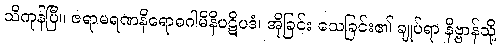
သိကုန်ပြီ။ ဇရာမရဏနိရောဓဂါမိနိပဋိပဒံ၊ အိုခြင်း သေခြင်း၏ ချုပ်ရာ နိဗ္ဗာန်သို့